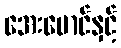
အေးမောင်နှင့်